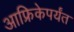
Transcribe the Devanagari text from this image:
आफ्रिकेपर्यंत